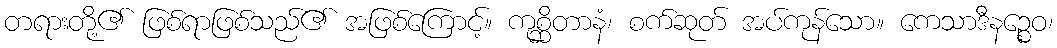
တရားတို့၏ ဖြစ်ရာဖြစ်သည်၏ အဖြစ်ကြောင့်။ ကုစ္ဆိတာနံ၊ စက်ဆုတ် အပ်ကုန်သော။ ကေသာဒီနဉ္စေဝ၊